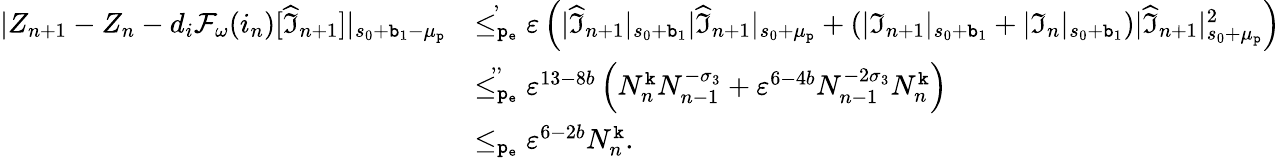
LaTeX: \begin{array}{rl}{|Z_{n+1}-Z_{n}-d_{i}\mathcal{F}_{\omega}(i_{n})[\widehat{\mathfrak{I}}_{n+1}]|_{s_{0}+\mathtt{b}_{1}-\mu_{\mathtt{p}}}}&{\overset{,}{\le_{\mathtt{p_{e}}}}\varepsilon\left(|\widehat{\mathfrak{I}}_{n+1}|_{s_{0}+\mathtt{b}_{1}}|\widehat{\mathfrak{I}}_{n+1}|_{s_{0}+\mu_{\mathtt{p}}}+(|\mathfrak{I}_{n+1}|_{s_{0}+\mathtt{b}_{1}}+|\mathfrak{I}_{n}|_{s_{0}+\mathtt{b}_{1}})|\widehat{\mathfrak{I}}_{n+1}|_{s_{0}+\mu_{\mathtt{p}}}^{2}\right)}\\ &{\overset{,,}{\le_{\mathtt{p_{e}}}}\varepsilon^{13-8b}\left(N_{n}^{\mathtt{k}}N_{n-1}^{-\sigma_{3}}+\varepsilon^{6-4b}N_{n-1}^{-2\sigma_{3}}N_{n}^{\mathtt{k}}\right)}\\ &{\le_{\mathtt{p_{e}}}\varepsilon^{6-2b}N_{n}^{\mathtt{k}}.}\end{array}